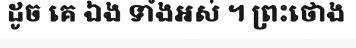
ដូច គេ ឯង ទាំងអស់ ។ ព្រះថោង